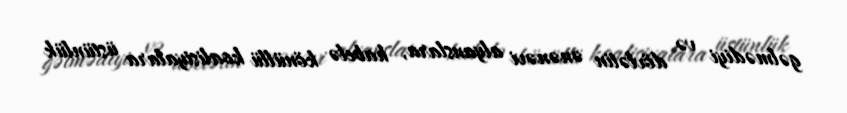
gəlmədiyi və dövlətin ənənəvi alyanslara, habelə könüllü koalisiyalara üstünlük